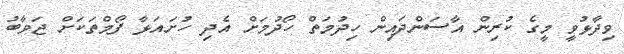
ވިދާޅުވީ މީގެ ކުރިން އާސަންދައިން ހިދުމަތް ހޯދުމަށް އެދި ހުށައަޅާ ފޯމްތަކަށް ޖަވާބު